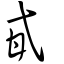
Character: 甙